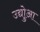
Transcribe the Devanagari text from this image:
उद्योुआ